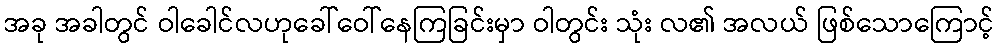
အခု အခါတွင် ဝါခေါင်လဟုခေါ်ဝေါ်နေကြခြင်းမှာ ဝါတွင်း သုံး လ၏ အလယ် ဖြစ်သောကြောင့်